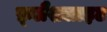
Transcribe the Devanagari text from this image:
फ़्लैशलाइट